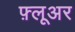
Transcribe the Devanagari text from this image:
फ़्लूअर